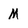
Character: M